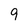
Character: 9